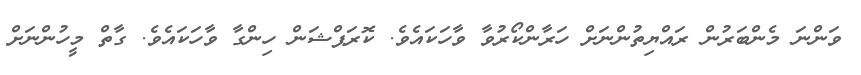
ވަންނަ މެންބަރުން ރައްޔިތުންނަށް ހަރާންކޯރުވާ ވާހަކައެވެ. ކޮރަޕްޝަން ހިންގާ ވާހަކައެވެ. ގާތް މީހުންނަށް